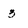
Character: 3